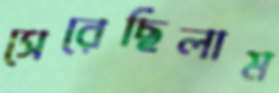
সেরেছিলাম